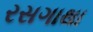
રસગાથા